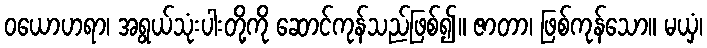
ဝယောဟရာ၊ အရွယ်သုံးပါးတို့ကို ဆောင်ကုန်သည်ဖြစ်၍။ ဇာတာ၊ ဖြစ်ကုန်သော။ မယှံ၊